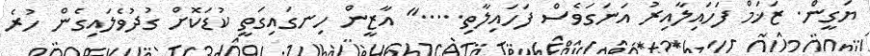
ޔަގީން. ޒަޚަމް ފަހައިލާއިރު އަނަގަވެސް ފަހައިލާތި....." އާޒީން ހިނގައިގަތީ ކުޑަކޮށް ގުދުވެލައިގެން ހުރެ